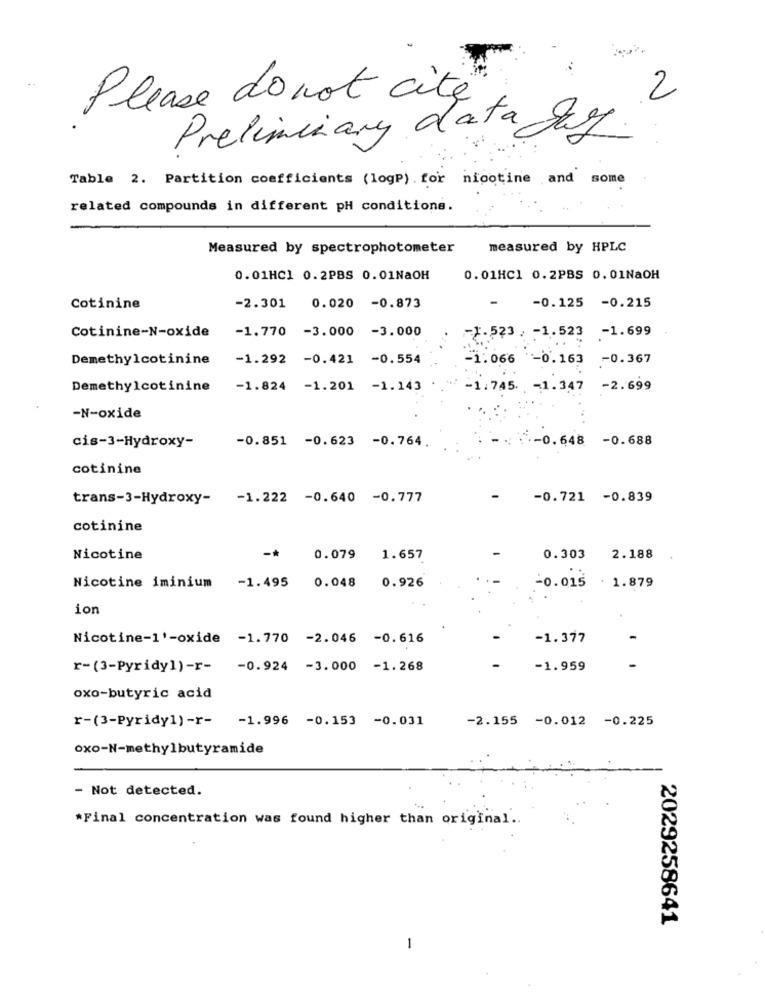
Please do not cité
Preliminary data For
Table 2. Partition coefficients (logP) . for nicotine and some
related compounds in different pH conditions.
Measured by spectrophotometer
measured by HPLC
0.01HC1 0.2PBS 0.01NaOH
0.01HC1 0.2PBS 0.01NaOH
Cotinine
-2.301 0.020 -0.873
-0.125 -0.215
Cotinine-N-oxide
-1.770 -3.000 -3.000
-1.699
-1.523: - 1.523
Demethylcotinine
-1.292 -0.421 -0.554
-1.066 -0.163 -0.367
Demethylcotinine
-1.824 -1.201 -1.143
-1.745. - 1.347 -2.699
-N-oxide
-0.851 -0.623 -0.764.
: - 0.648 -0.688
cis-3-Hydroxy-
cotinine
trans-3-Hydroxy-
-1.222 -0.640 -0.777
-0.721 -0.839
cotinine
-*
Nicotine
0.079
1.657
0.303
2.188
Nicotine iminium
-1.495 0.048
0.926
-0.015 . 1.879
ion
Nicotine-1'-oxide -1.770 -2.046 -0.616
-1.377
r-(3-Pyridy1) -r- - 0.924 -3.000 -1.268
-1.959
oxo-butyric acid
r-(3-Pyridy1) -r-
-1.996 -0.153 -0.031
-2.155 -0.012 -0.225
oxo-N-methylbutyramide
- Not detected.
*Final concentration was found higher than original ..
2029258641
-